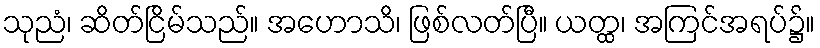
သုညံ၊ ဆိတ်ငြိမ်သည်။ အဟောသိ၊ ဖြစ်လတ်ပြီ။ ယတ္ထ၊ အကြင်အရပ်၌။